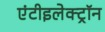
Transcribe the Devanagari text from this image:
एंटीइलेक्ट्रॉन